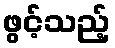
ဖွင့်သည့်